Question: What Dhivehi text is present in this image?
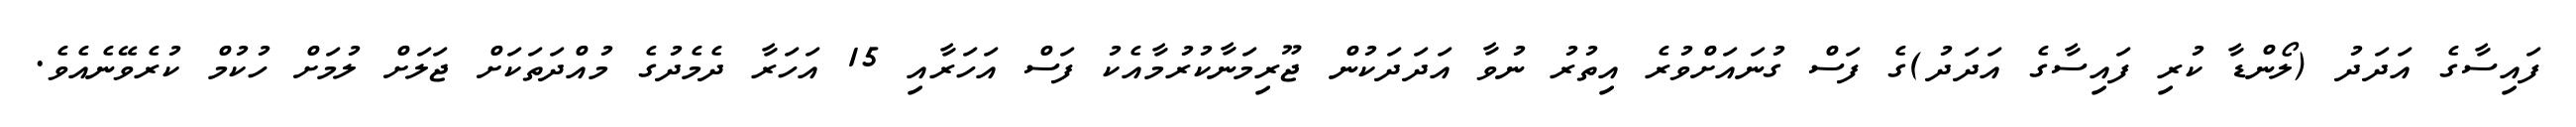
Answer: ފައިސާގެ އަދަދު (ލޯންޑާ ކުރި ފައިސާގެ އަދަދު)ގެ ފަސް ގުނައަށްވުރެ އިތުރު ނުވާ އަދަދަކުން ޖޫރިމަނާކުރުމާއެކު ފަސް އަހަރާއި 15 އަހަރާ ދެމެދުގެ މުއްދަތަކަށް ޖަލަށް ލުމަށް ހުކުމް ކުރެވޭނެއެވެ.